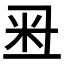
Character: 𥸨